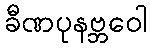
ခီဏပုနဗ္ဘဝေါ